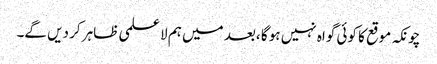
چونکہ موقع کا کوئی گواہ نہیں ہو گا ،بعد میں ہم لا علمی ظاہر کر دیں گے۔